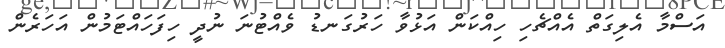
އަސްމާ އެލިގަތް އެއްޗެހި ހިއްކަން އަޅުވާ ހަރުގަނޑު ވެއްޓުނަ ނުދީ ހިފަހައްޓަމުން އަހަރެން